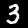
Label: 3